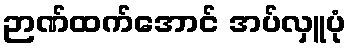
ဉာဏ်ထက်အောင် အပ်လှူပုံ